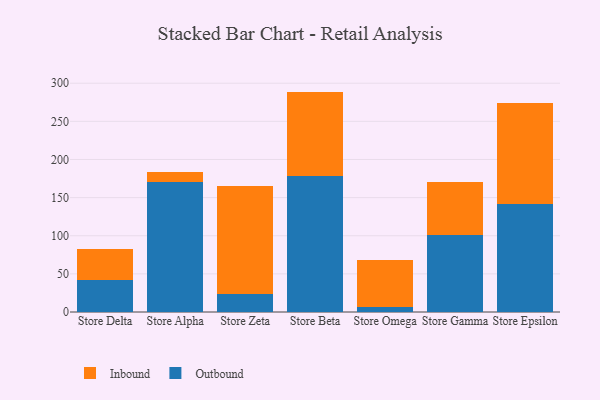
{"axis": {"x": "Store", "y": "Budget (USD K)"}, "legend": ["Inbound", "Outbound"], "data": [{"x": "Store Delta", "y": 42.2, "type": "Outbound"}, {"x": "Store Delta", "y": 40.9, "type": "Inbound"}, {"x": "Store Alpha", "y": 171.0, "type": "Outbound"}, {"x": "Store Alpha", "y": 12.6, "type": "Inbound"}, {"x": "Store Zeta", "y": 23.6, "type": "Outbound"}, {"x": "Store Zeta", "y": 142.1, "type": "Inbound"}, {"x": "Store Beta", "y": 178.6, "type": "Outbound"}, {"x": "Store Beta", "y": 110.4, "type": "Inbound"}, {"x": "Store Omega", "y": 6.5, "type": "Outbound"}, {"x": "Store Omega", "y": 62.0, "type": "Inbound"}, {"x": "Store Gamma", "y": 100.4, "type": "Outbound"}, {"x": "Store Gamma", "y": 70.6, "type": "Inbound"}, {"x": "Store Epsilon", "y": 141.3, "type": "Outbound"}, {"x": "Store Epsilon", "y": 132.7, "type": "Inbound"}]}